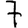
Digit: 7